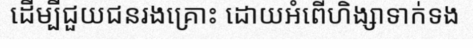
ដើម្បីជួយជនរងគ្រោះ ដោយអំពើហិង្សាទាក់ទង